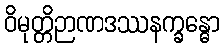
ဝိမုတ္တိဉာဏဒဿနက္ခန္ဓော